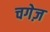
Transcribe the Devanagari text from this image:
चगेज़